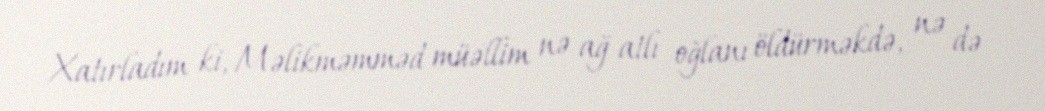
Xatırladım ki, Məlikməmməd müəllim nə ağ atlı oğlanı öldürməkdə, nə də